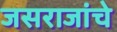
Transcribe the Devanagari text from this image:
जसराजांचे